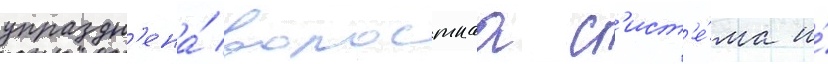
упраздн'ена́ волостнаа с'ист'е́ма и́